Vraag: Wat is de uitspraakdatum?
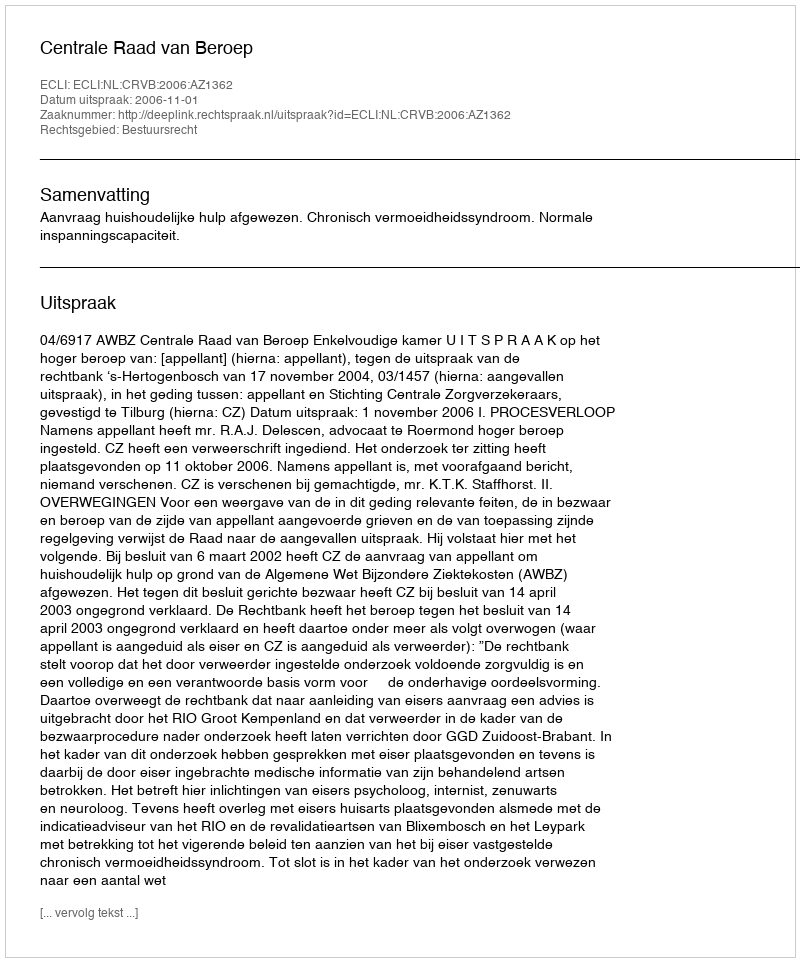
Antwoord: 2006-11-01